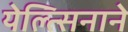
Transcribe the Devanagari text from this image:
येल्त्सिनाने